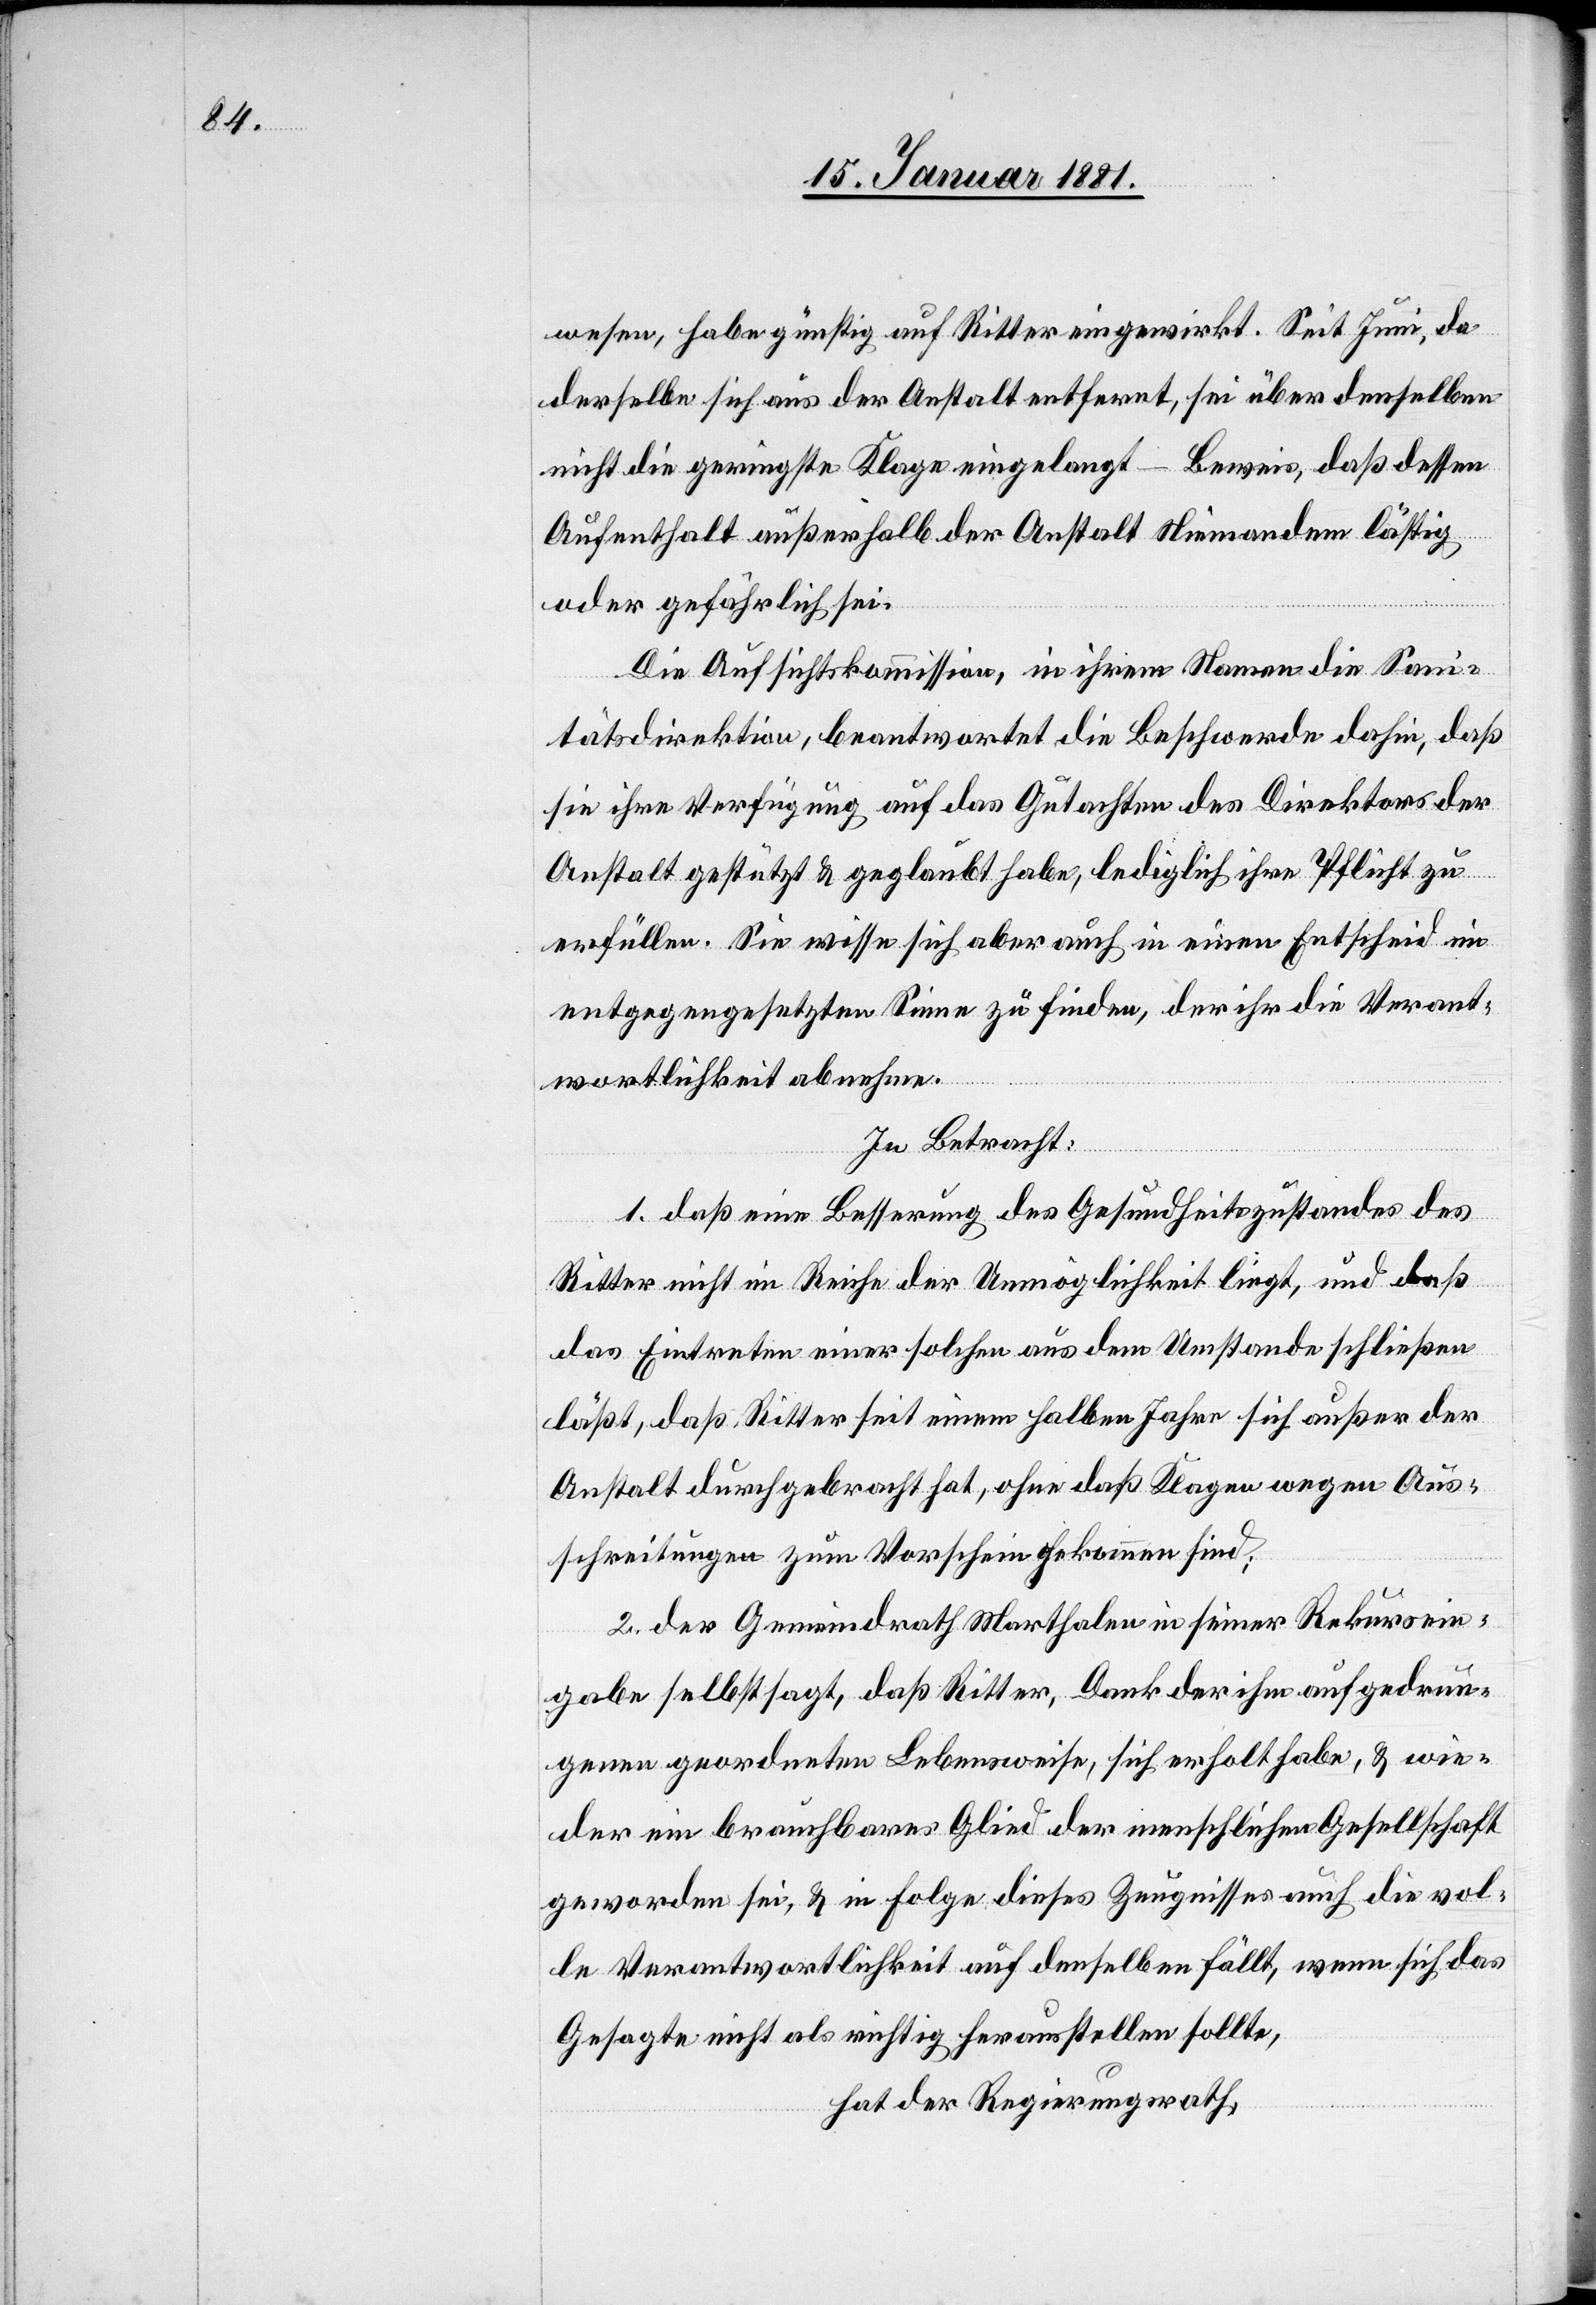
wesen, habe günstig auf Ritter eingewirkt. Seit Juni, da
derselbe sich aus der Anstalt entfernt, sei über denselben
nicht die geringste Klage eingelangt – Beweis, daß dessen
Aufenthalt außerhalb der Anstalt Niemandem lästig
oder gefährlich sei.
Die Aufsichtskommission, in ihrem Namen die Sani¬
tätsdirektion, beantwortet die Beschwerde dahin, daß
sie ihre Verfügung auf das Gutachten des Direktors der
Anstalt gestützt & geglaubt habe, lediglich ihre Pflicht zu
erfüllen. Sie wisse sich aber auch in einen Entscheid im
entgegengesetzten Sinne zu finden, der ihr die Verant¬
wortlichkeit abnehme.
In Betracht:
1. daß eine Besserung des Gesundheitszustandes des
Ritter nicht im Reiche der Unmöglichkeiten liegt, und daß
das Eintreten einer solchen aus dem Umstande schließen
läßt, daß Ritter seit einem halben Jahr sich außer der
Anstalt durchgebracht hat, ohne daß Klagen wegen Aus¬
schreitungen zum Vorschein gekommen sind;
2. der Gemeindrath Marthalen in seiner Rekursein¬
gabe selbst sagt, daß Ritter, Dank der ihm aufgedrun¬
genen geordneten Lebensweise, sich erholt habe, & wie¬
der ein brauchbares Glied der menschlichen Gesellschaft
geworden sei, & in Folge dieses Zeugnisses auch die vol¬
le Verantwortlichkeit auf denselben fällt, wenn sich das
Gesagte nicht als richtig herausstellen sollte,
hat der Regierungsrath,